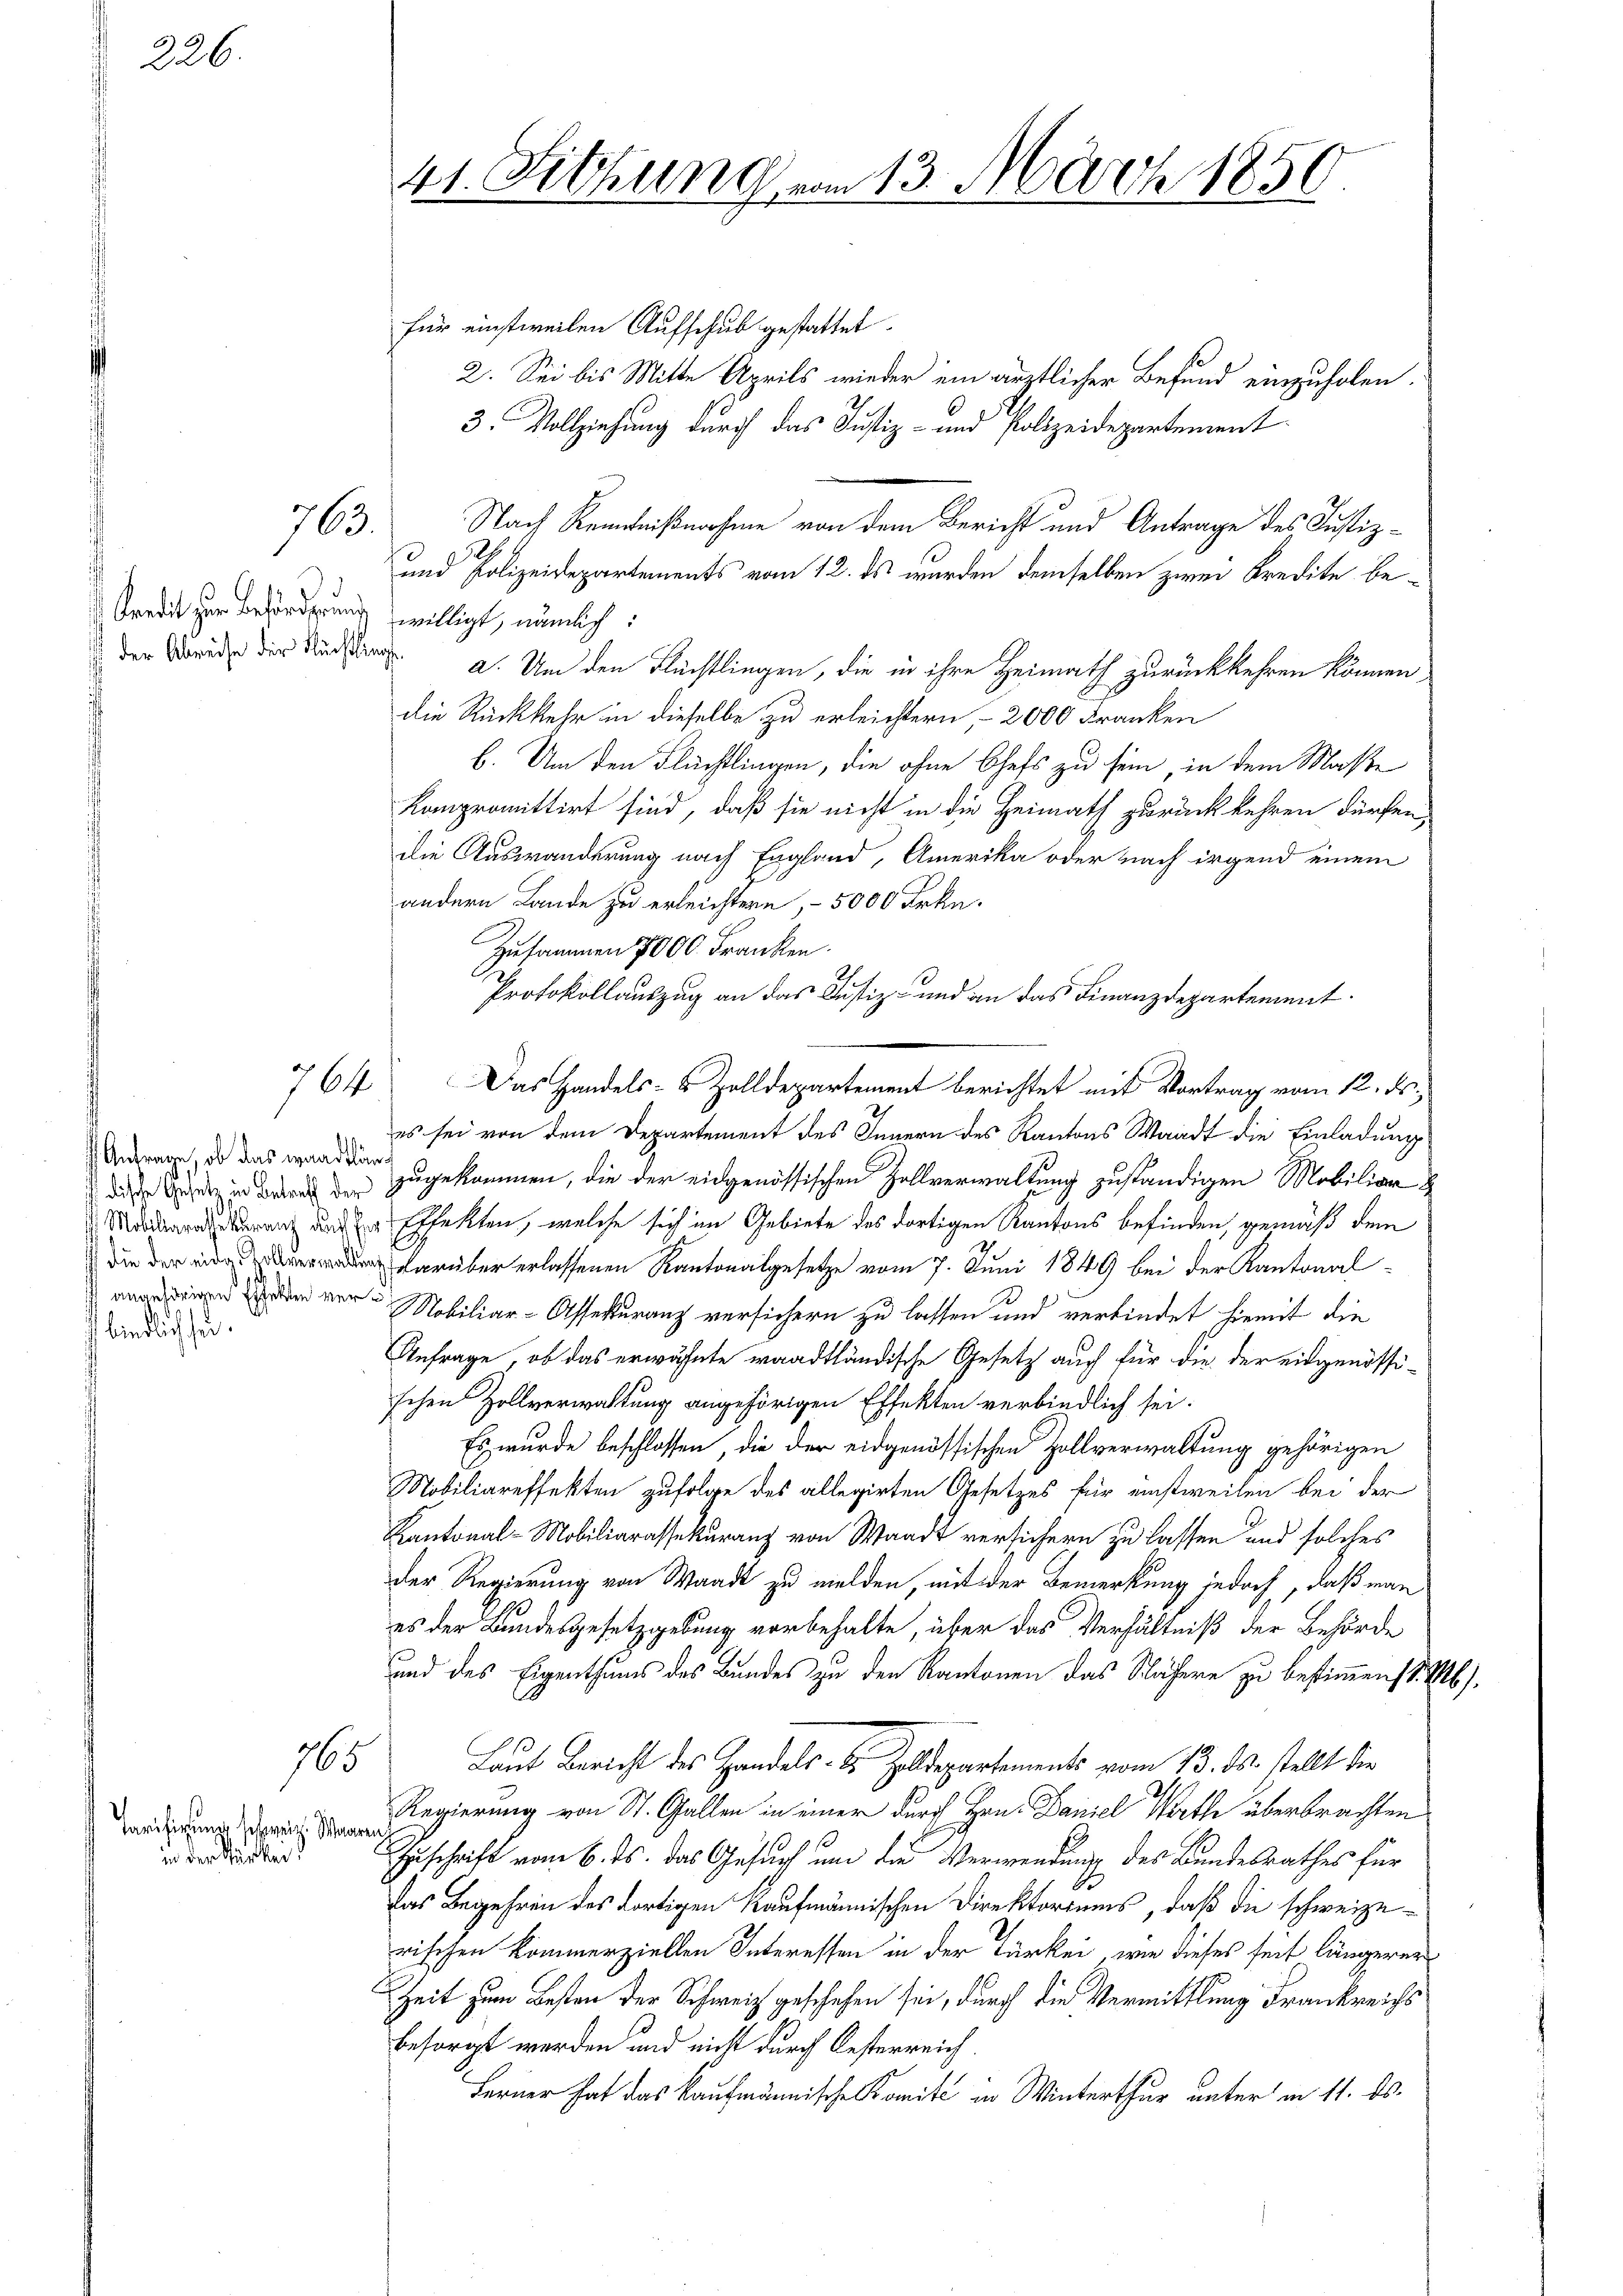
226.

763.

3
Kredit zur Beförderung zwilligt, nämlich:

764

Anfrage, ob das waadtlän
dische Gesetz in Betreff der
Mobiliarassekuranz auf fer
 die der eide Tollverwaltung
 angehörigen Effekten verbindlich für

765

Tarifirung schweiz. Waar
in der Starkei

41. Sitzung vom 13. März 1850.

für einstweilen Aufschub gestattet.
2. Sei bis Mitte Aprils wieder ein ärztlicher Befund einzuholen.
3. Vollziehung durch das Justiz- und Polizeidepartement
Nach Kenntnißnahme von dem Bericht und Antrage des Justiz¬
und Polizeidepartements vom 12. ds wurden demselben zwei Kredite beder Berede der Muss a. Um den Flüchtlingen, die in ihre Heimath zurückkehren können,
die Rückkehr in dieselbe zu erleichtern, - 2000 Franken
b. Um den Flüchtlingen, die ohne Chefs zu sein, in dem Maße
Kompromittirt sind, daß sie nicht in die Heimath zurückkehren dürfen,
die Auswanderung nach England, Amerika oder nach irgend einem
andern Lande zu erleichtern, - 5000 Frkn.
Zusammen 7000. Franken.
Protokollauszug an das Justiz- und an das Finanzdepartement.
Das Handels- & Zolldepartement berichtet mit Vortrag vom 12. ds.,
es sei von dem Departement des Innern des Kantons Waadt die Einladung
zugekommen, die der eidgenössischen Zollverwaltung zuständigen Mobiliar
Effekten, welche sich im Gebiete des dortigen Kantons befinden, gemäß dem
darüber erlassenen Kantonalgesetze vom 7. Juni 1849 bei der Kantonal-
Mobiliar-Assekuranz versichern zu lassen und verbindet hiemit die
Anfrage, ob das erwähnte waadtländische Gesetz auch für die der eidgenössi-
schen Zollverwaltung angehörigen Effekten verbindlich sei.
Es wurde beschlossen, die der eidgenössischen Zollverwaltung gehörigen
Mobiliareffekten zufolge des allegirten Gesetzes für einstweilen bei der
Kantonal-Mobiliarassekuranz von Waadt versichern zu lassen und solches
der Regierung von Waadt zu melden, mit der Bemerkung jedoch, daß man
es der Bundesgesetzgebung vorbehalte, über das Verhältniß der Behörde
und des Eigenthums des Bundes zu den Kantonen das Nähere zu bestimmenst. b.
Laut Bericht des Handels- u. Zolldepartements vom 13. ds. stellt der
Regierung von St. Gallen in einer durch Hrn. Daniel Worthe überbrachten
Zuschrift vom 6. ds. das Gesuch um die Verwendung des Bundesrathes für
Das Begehren des dortigen Kaufmännischen Direktoriums, daß die schweizerischen kommerziellen Interessen in der Türkei, wie dieses seit längerer
Zeit zum Besten der Schweiz geschehen sei, durch die Vermittlung Frankreichs
besorgt werden und nicht durch Oesterreich.
Ferner hat das kaufmännische Komité in Winterthur unter in 11. ds.